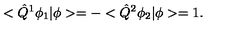
< \hat { Q } ^ { 1 } \phi _ { 1 } | \phi > = - < \hat { Q } ^ { 2 } \phi _ { 2 } | \phi > = 1 .